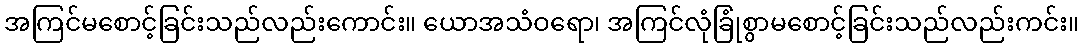
အကြင်မစောင့်ခြင်းသည်လည်းကောင်း။ ယောအသံဝရော၊ အကြင်လုံခြုံစွာမစောင့်ခြင်းသည်လည်းကင်း။